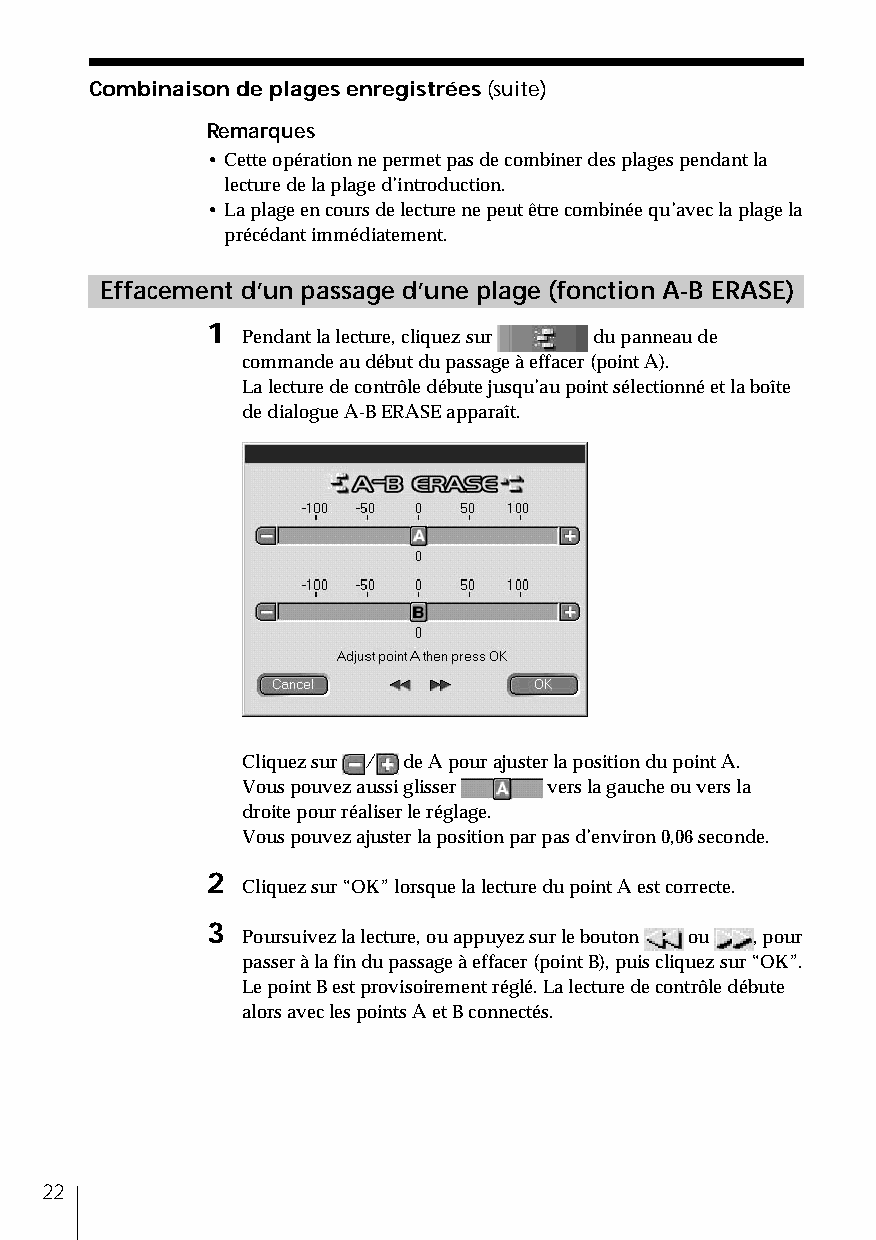
Combinaison de plages enregistrées (suite)
 Remarques
 • Cette opération ne permet pas de combiner des plages pendant la
 lecture de la plage d’introduction.
 • La plage en cours de lecture ne peut être combinée qu’avec la plage la
 précédant immédiatement.
 Effacement d’un passage d’une plage (fonction A-B ERASE)
 1
 Pendant la lecture, cliquez sur du panneau de
 commande au début du passage à effacer (point A).
 La lecture de contrôle débute jusqu’au point sélectionné et la boîte
 de dialogue A-B ERASE apparaît.
 Cliquez sur / de A pour ajuster la position du point A.
 Vous pouvez aussi glisser vers la gauche ou vers la
 droite pour réaliser le réglage.
 Vous pouvez ajuster la position par pas d’environ 0,06 seconde.
 2
 Cliquez sur “OK” lorsque la lecture du point A est correcte.
 3
 Poursuivez la lecture, ou appuyez sur le bouton ou , pour
 passer à la fin du passage à effacer (point B), puis cliquez sur “OK”.
 Le point B est provisoirement réglé. La lecture de contrôle débute
 alors avec les points A et B connectés.
 22